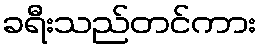
ခရီးသည်တင်ကား